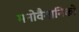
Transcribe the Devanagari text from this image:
मनोवैगानिकों